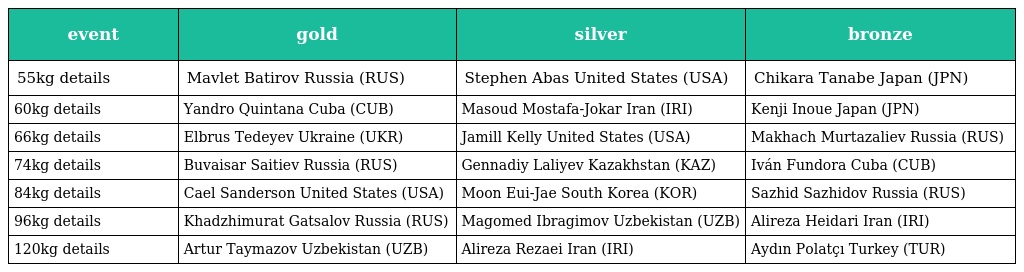
| event | gold | silver | bronze |
 | --- | --- | --- | --- |
 | 55kg details | Mavlet Batirov Russia (RUS) | Stephen Abas United States (USA) | Chikara Tanabe Japan (JPN) |
 | 60kg details | Yandro Quintana Cuba (CUB) | Masoud Mostafa-Jokar Iran (IRI) | Kenji Inoue Japan (JPN) |
 | 66kg details | Elbrus Tedeyev Ukraine (UKR) | Jamill Kelly United States (USA) | Makhach Murtazaliev Russia (RUS) |
 | 74kg details | Buvaisar Saitiev Russia (RUS) | Gennadiy Laliyev Kazakhstan (KAZ) | Iván Fundora Cuba (CUB) |
 | 84kg details | Cael Sanderson United States (USA) | Moon Eui-Jae South Korea (KOR) | Sazhid Sazhidov Russia (RUS) |
 | 96kg details | Khadzhimurat Gatsalov Russia (RUS) | Magomed Ibragimov Uzbekistan (UZB) | Alireza Heidari Iran (IRI) |
 | 120kg details | Artur Taymazov Uzbekistan (UZB) | Alireza Rezaei Iran (IRI) | Aydın Polatçı Turkey (TUR) |